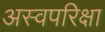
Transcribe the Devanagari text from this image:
अस्वपरिक्षा